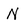
Character: N